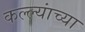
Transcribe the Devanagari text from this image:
कल्ल्यांच्या